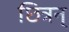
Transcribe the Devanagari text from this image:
छित्रन्